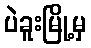
ပဲခူးမြို့မှ